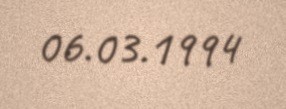
06.03.1994